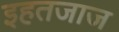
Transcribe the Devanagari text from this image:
इहतजाज